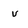
Character: v